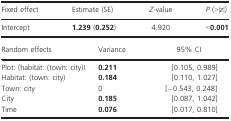
<table><thead><tr><td><b>Fixed effect</b></td><td><b>Estimate (SE)</b></td><td><b><i>Z</i>‐value</b></td><td><b><i>P</i> (&gt;|<i>z</i>|)</b></td></tr><tr><td><b>Intercept</b></td><td><b>1.239 (0.252)</b></td><td><b>4.920</b></td><td><b>&lt;0.001</b></td></tr><tr><td><b>Random effects</b></td><td><b>Variance</b></td><td><b>95% CI</b></td><td></td></tr></thead><tbody><tr><td>Plot: (habitat: (town: city))</td><td><b>0.211</b></td><td>[0.105, 0.989]</td><td></td></tr><tr><td>Habitat: (town: city)</td><td><b>0.184</b></td><td>[0.110, 1.027]</td><td></td></tr><tr><td>Town: city</td><td>0</td><td>[−0.543, 0.248]</td><td></td></tr><tr><td>City</td><td><b>0.185</b></td><td>[0.087, 1.042]</td><td></td></tr><tr><td>Time</td><td><b>0.076</b></td><td>[0.017, 0.810]</td><td></td></tr></tbody></table>